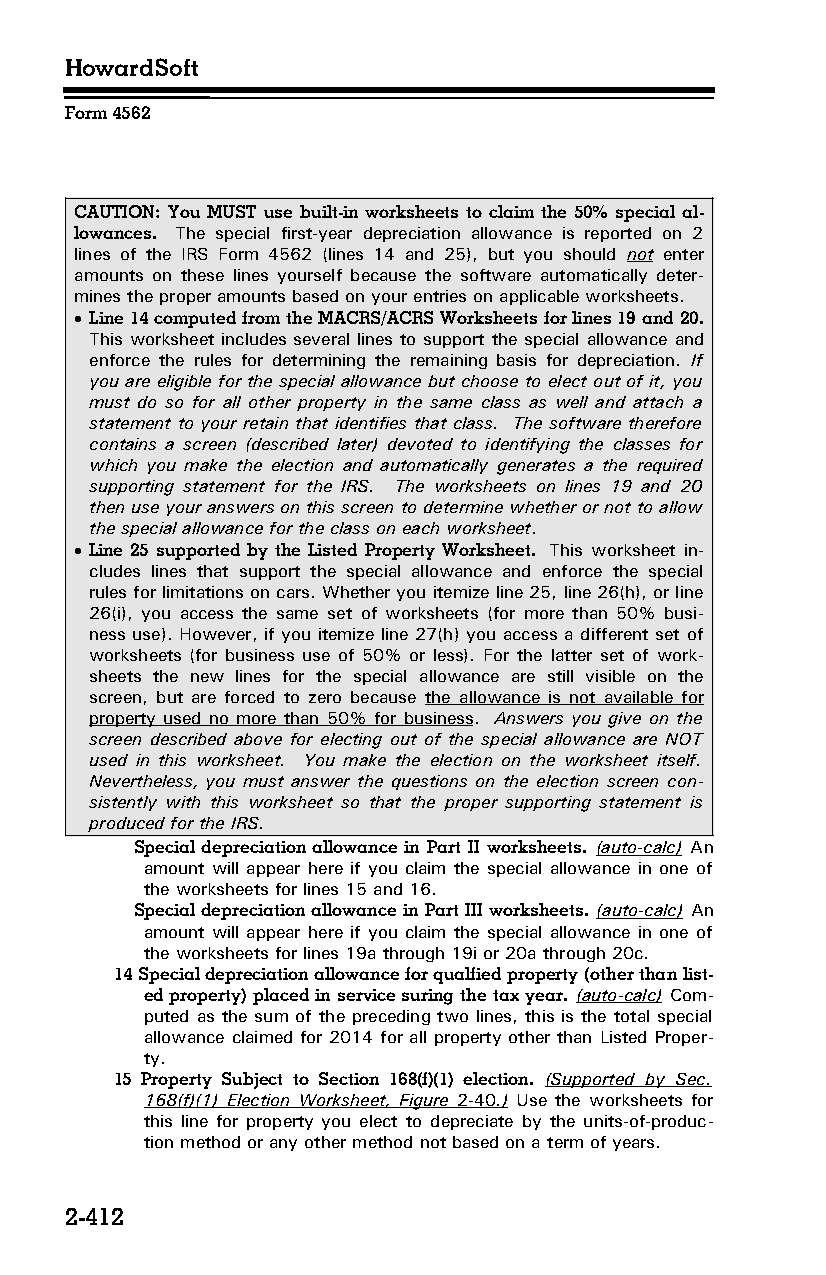
HowardSoft
 Form 4562
 CAUTION: You MUST use built-in worksheets to claim the 50% special al­
 lowances. The special first-year depreciation allowance is reported on 2
 lines of the IRS Form 4562 (lines 14 and 25), but you should not enter
 amounts on these lines yourself because the software automatically deter­
 mines the proper amounts based on your entries on applicable worksheets.
  Line 14 computed from the MACRS/ACRS Worksheets for lines 19 and 20.
 This worksheet includes several lines to support the special allowance and
 enforce the rules for determining the remaining basis for depreciation. If
 you are eligible for the special allowance but choose to elect out of it, you
 must do so for all other property in the same class as well and attach a
 statement to your retain that identifies that class. The software therefore
 contains a screen (described later) devoted to identifying the classes for
 which you make the election and automatically generates a the required
 supporting statement for the IRS. The worksheets on lines 19 and 20
 then use your answers on this screen to determine whether or not to allow
 the special allowance for the class on each worksheet.
  Line 25 supported by the Listed Property Worksheet. This worksheet in­
 cludes lines that support the special allowance and enforce the special
 rules for limitations on cars. Whether you itemize line 25, line 26(h), or line
 26(i), you access the same set of worksheets (for more than 50% busi­
 ness use). However, if you itemize line 27(h) you access a different set of
 worksheets (for business use of 50% or less). For the latter set of work­
 sheets the new lines for the special allowance are still visible on the
 screen, but are forced to zero because the allowance is not available for
 property used no more than 50% for business. Answers you give on the
 screen described above for electing out of the special allowance are NOT
 used in this worksheet. You make the election on the worksheet itself.
 Nevertheless, you must answer the questions on the election screen con­
 sistently with this worksheet so that the proper supporting statement is
 produced for the IRS.
 Special depreciation allowance in Part II worksheets. (auto-calc) An
 amount will appear here if you claim the special allowance in one of
 the worksheets for lines 15 and 16.
 Special depreciation allowance in Part III worksheets. (auto-calc) An
 amount will appear here if you claim the special allowance in one of
 the worksheets for lines 19a through 19i or 20a through 20c.
 14 Special depreciation allowance for qualfied property (other than list­
 ed property) placed in service suring the tax year. (auto-calc) Com­
 puted as the sum of the preceding two lines, this is the total special
 allowance claimed for 2014 for all property other than Listed Proper­
 ty.
 15 Property Subject to Section 168(f)(1) election. (Supported by Sec.
 168(f)(1) Election Worksheet, Figure 2-40 .) Use the worksheets for
 this line for property you elect to depreciate by the units-of-produc­
 tion method or any other method not based on a term of years.
 2-412